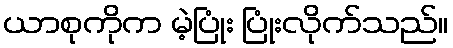
ယာစုကိုက မဲ့ပြုံး ပြုံးလိုက်သည်။